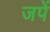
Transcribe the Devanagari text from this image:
जपें